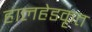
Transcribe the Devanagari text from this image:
हालहेडकृत